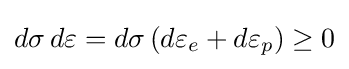
d\sigma \,d\varepsilon =d\sigma \,(d\varepsilon _{e}+d\varepsilon _{p})\geq 0